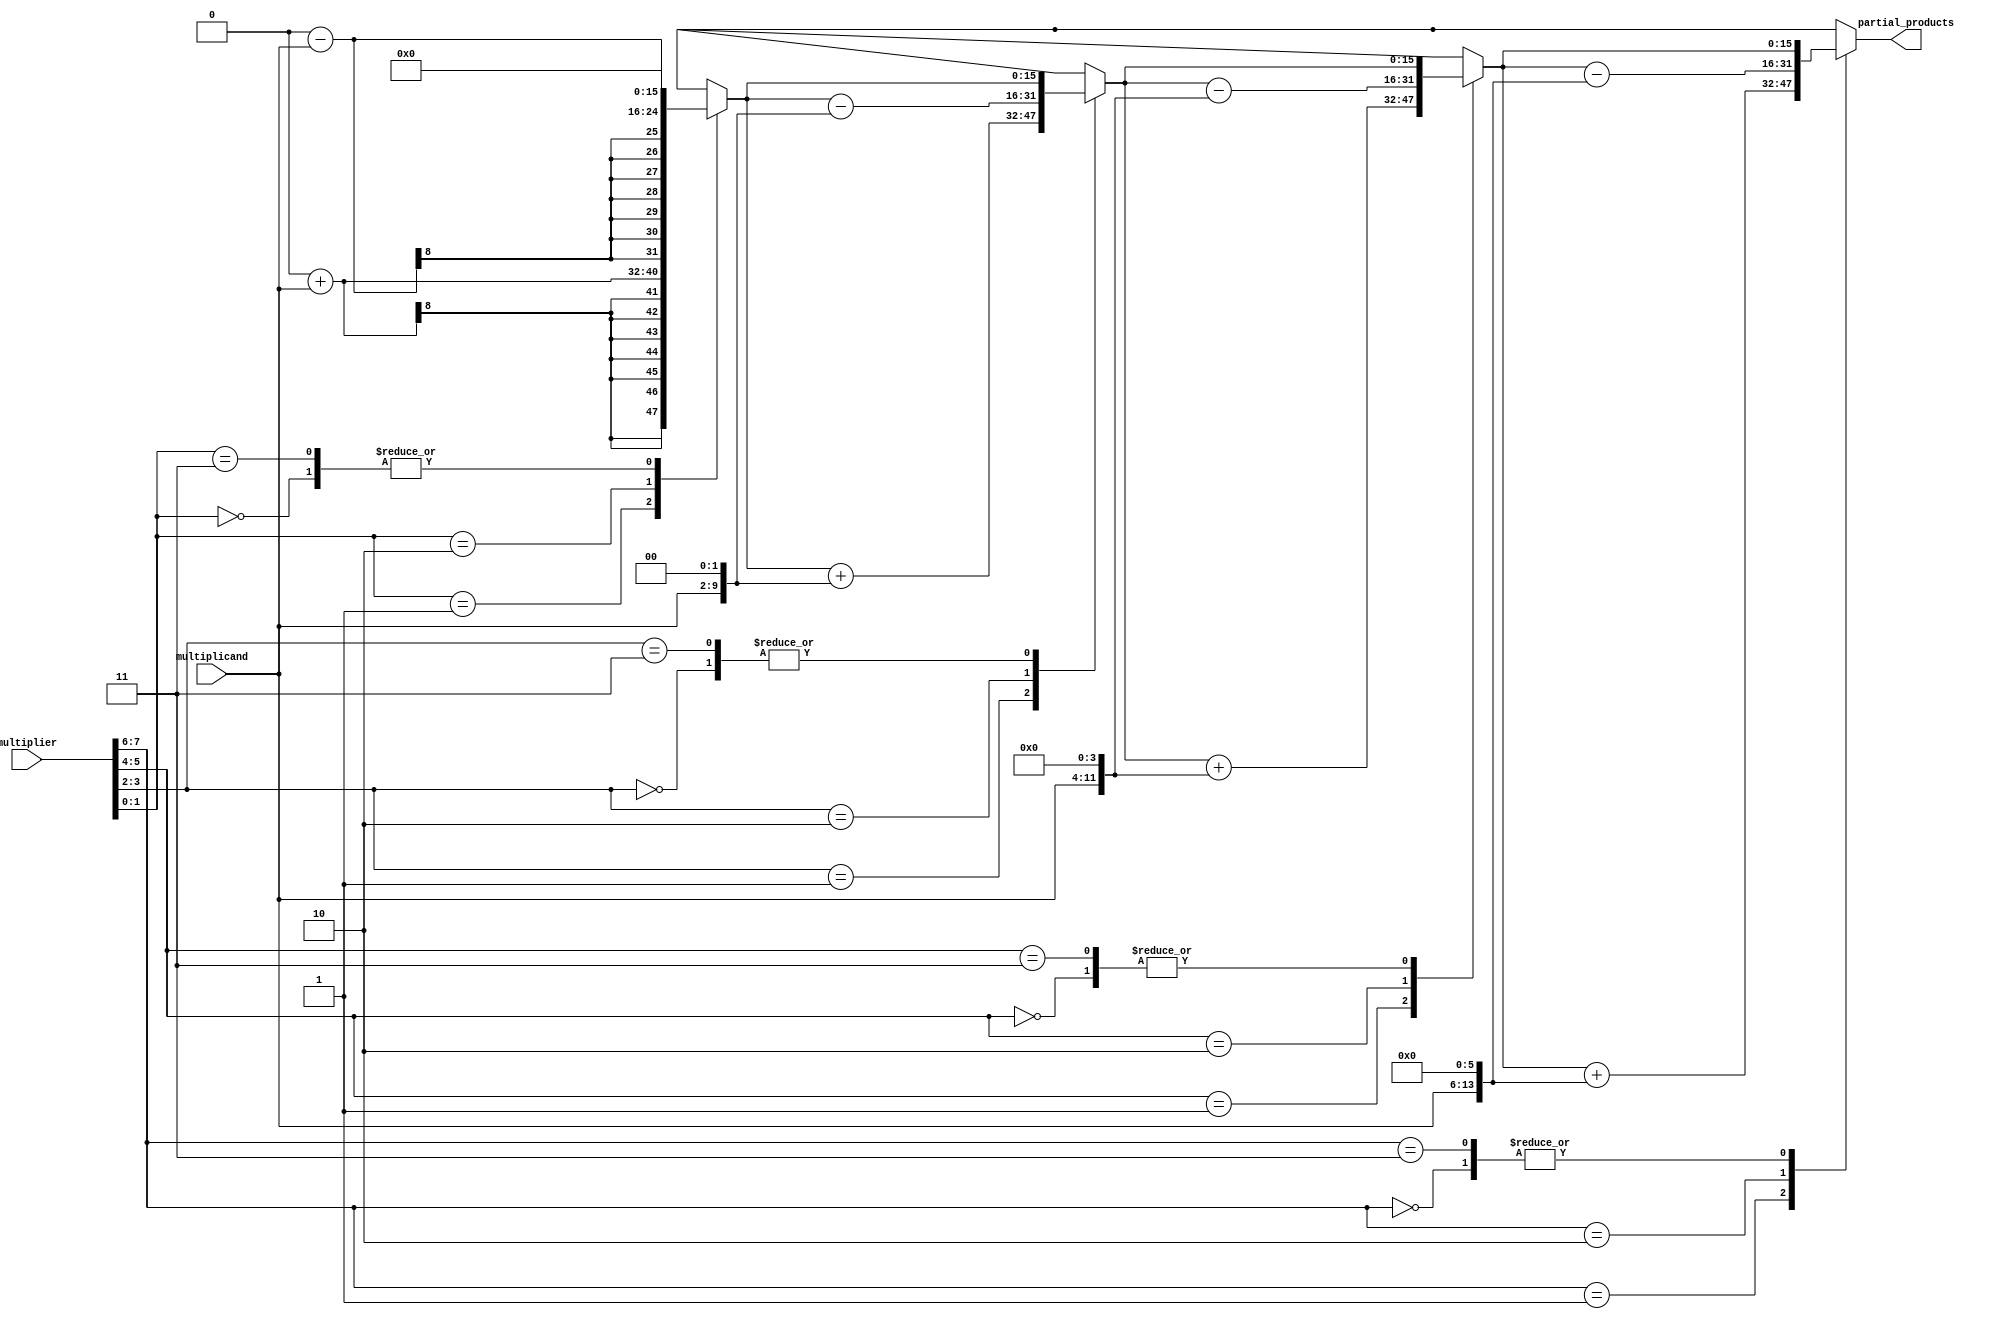
module BoothEncoder(
    input signed [N-1:0] multiplicand,
    input signed [N-1:0] multiplier,
    output reg signed [2*N-1:0] partial_products
);
    parameter N = 8; // Bit width of inputs
    integer i;

    always @(*) begin
        partial_products = 0;
        for (i = 0; i < N; i = i + 2) begin
            case ({multiplier[i+1], multiplier[i]})
                2'b00: partial_products = partial_products;                        // Do nothing
                2'b01: partial_products = partial_products + (multiplicand << i); // Add multiplicand
                2'b10: partial_products = partial_products - (multiplicand << i); // Subtract multiplicand
                2'b11: ; // Do nothing
            endcase
        end
    end
endmodule